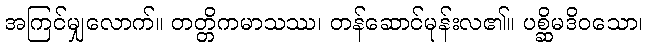
အကြင်မျှလောက်။ တတ္တိကမာသဿ၊ တန်ဆောင်မုန်းလ၏။ ပစ္ဆိမဒိဝသော၊